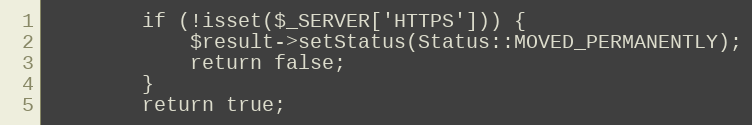
Language: PHP
        if (!isset($_SERVER['HTTPS'])) {
            $result->setStatus(Status::MOVED_PERMANENTLY);
            return false;
        }
        return true;